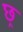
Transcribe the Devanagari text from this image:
छ्र